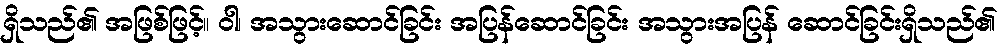
ရှိသည်၏ အဖြစ်ဖြင့်။ ဝါ၊ အသွားဆောင်ခြင်း အပြန်ဆောင်ခြင်း အသွားအပြန် ဆောင်ခြင်းရှိသည်၏